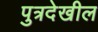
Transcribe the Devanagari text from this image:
पुत्रदेखील